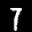
Label: 7